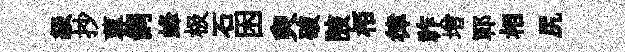
級抄蓴飼蜂极石困臾破陂栢律祚增鄆相尻